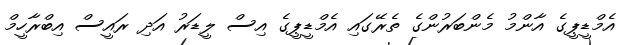
އެމްޑީޕީގެ އާންމު މެންބަރުންގެ ތެރޭގައި އެމްޑީޕީގެ އިސް ލީޑަރު އަދި ރައީސް އިބްރާހީމް